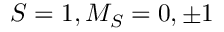
S = 1 , M _ { S } = 0 , \pm 1